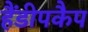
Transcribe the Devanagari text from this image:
हैंडीपकैप